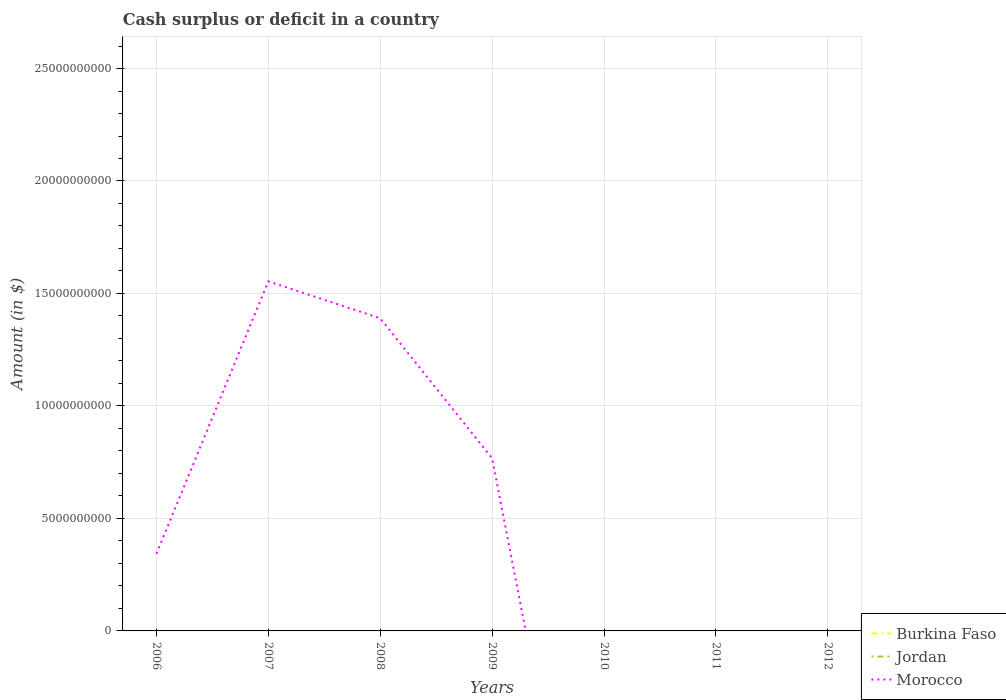
| Years | Burkina Faso | Jordan | Morocco |
 | --- | --- | --- | --- |
 | 2006 | -1.79e+11 | -3.89e+08 | 3.43e+09 |
 | 2007 | -1.76e+11 | -5.69e+08 | 1.55e+10 |
 | 2008 | -1.48e+11 | -3.39e+08 | 1.39e+10 |
 | 2009 | -1.85e+11 | -1.51e+09 | 7.67e+09 |
 | 2010 | -2.02e+11 | -1.05e+09 | -1.79e+10 |
 | 2011 | -1.16e+11 | -1.38e+09 | -3.33e+10 |
 | 2012 | -1.77e+11 | -1.82e+09 | -5e+10 |